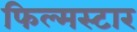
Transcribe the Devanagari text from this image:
फिल्मस्टार